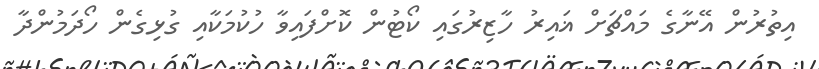
އިތުރުން އޭނާގެ މައްޗަށް ޣައިރު ހާޒިރުގައި ކޯޓުން ކޮށްފައިވާ ހުކުމަކާއި ގުޅިގެން ހޯދަމުންދާ